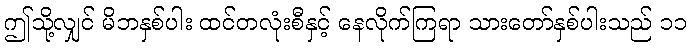
ဤသို့လျှင် မိဘနှစ်ပါး ထင်တလုံးစီနှင့် နေလိုက်ကြရာ သားတော်နှစ်ပါးသည် ၁၁